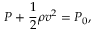
P + { \frac { 1 } { 2 } } \rho v ^ { 2 } = P _ { 0 } ,